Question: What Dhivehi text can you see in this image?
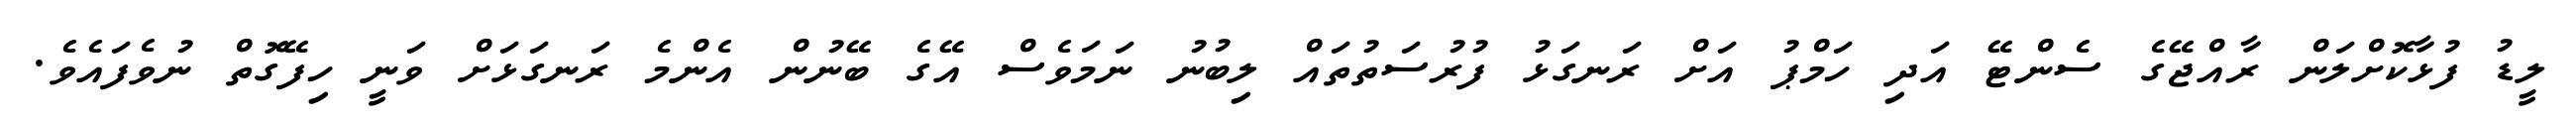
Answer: ލީޑު ފުޅާކޮށްލަން ރާއްޖޭގެ ސެންޓޭ އަދި ހަމްޕު އަށް ރަނގަޅު ފުރުސަތުތައް ލިބުނު ނަމަވެސް އޭގެ ބޭނުން އެންމެ ރަނގަޅަށް ވަނީ ހިފޭގޮތް ނުވެފައެވެ.